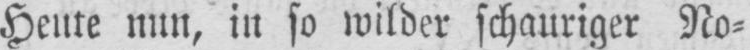
Heute nun, in so wilder schauriger No⸗